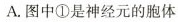
A.图中①是神经元的胞体